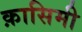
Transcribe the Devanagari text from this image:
क़ासिमी